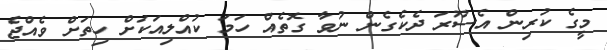
މީގެ ކުރިން އެސޫރަ ދެކެގެން ނުވާ ގޮތެއް ހަމަ ކުއްލިއަކަށް ހިތަށް ވެއްޖެ